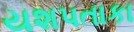
યશપતાકા